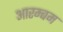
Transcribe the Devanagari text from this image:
आरम्बम